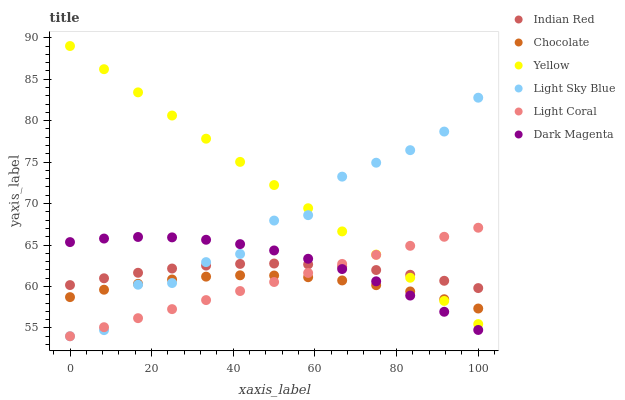
| xaxis_label | Indian Red | Chocolate | Yellow | Light Sky Blue | Light Coral | Dark Magenta |
 | --- | --- | --- | --- | --- | --- | --- |
 | 0 | 60.2 | 58.7 | 89 | 54 | 54 | 65.4 |
 | 8.33 | 61 | 59.6 | 86.2 | 54.7 | 55.1 | 65.8 |
 | 16.7 | 61.7 | 60.3 | 83.4 | 60.2 | 56.2 | 66 |
 | 25 | 62.2 | 60.8 | 80.6 | 60.4 | 57.3 | 65.9 |
 | 33.3 | 62.5 | 61.2 | 77.8 | 62.9 | 58.4 | 65.6 |
 | 41.7 | 62.7 | 61.3 | 75 | 63.9 | 59.5 | 65.1 |
 | 50 | 62.8 | 61.3 | 72.2 | 68 | 60.5 | 64.3 |
 | 58.3 | 62.7 | 61.1 | 69.4 | 68.6 | 61.6 | 63.3 |
 | 66.7 | 62.4 | 60.7 | 66.6 | 73.2 | 62.7 | 62.1 |
 | 75 | 62 | 60.2 | 63.8 | 74.9 | 63.8 | 60.6 |
 | 83.3 | 61.4 | 59.4 | 61.1 | 76.4 | 64.9 | 58.9 |
 | 91.7 | 60.7 | 58.5 | 58.3 | 78.7 | 66 | 57 |
 | 100 | 59.8 | 57.3 | 55.5 | 82.8 | 67.1 | 54.8 |